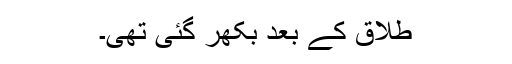
طلاق کے بعد بکھر گئی تھی۔